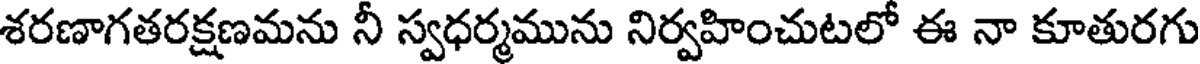
శరణాగతరక్షణమను నీ స్వధర్మమును నిర్వహించుటలో ఈ నా కూతురగు